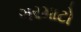
ગરમાટો